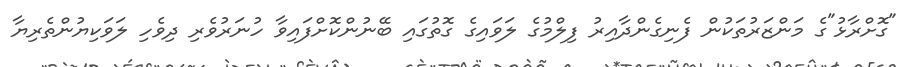
"ގޮށްރާޅު"ގެ މަންޒަރުތަކުން ފެނިގެންދާއިރު ފިލްމުގެ ލަވައިގެ ގޮތުގައި ބޭނުންކޮށްފައިވާ ހުނަރުވެރި ދިވެހި ލަވަކިޔުންތެރިޔާ